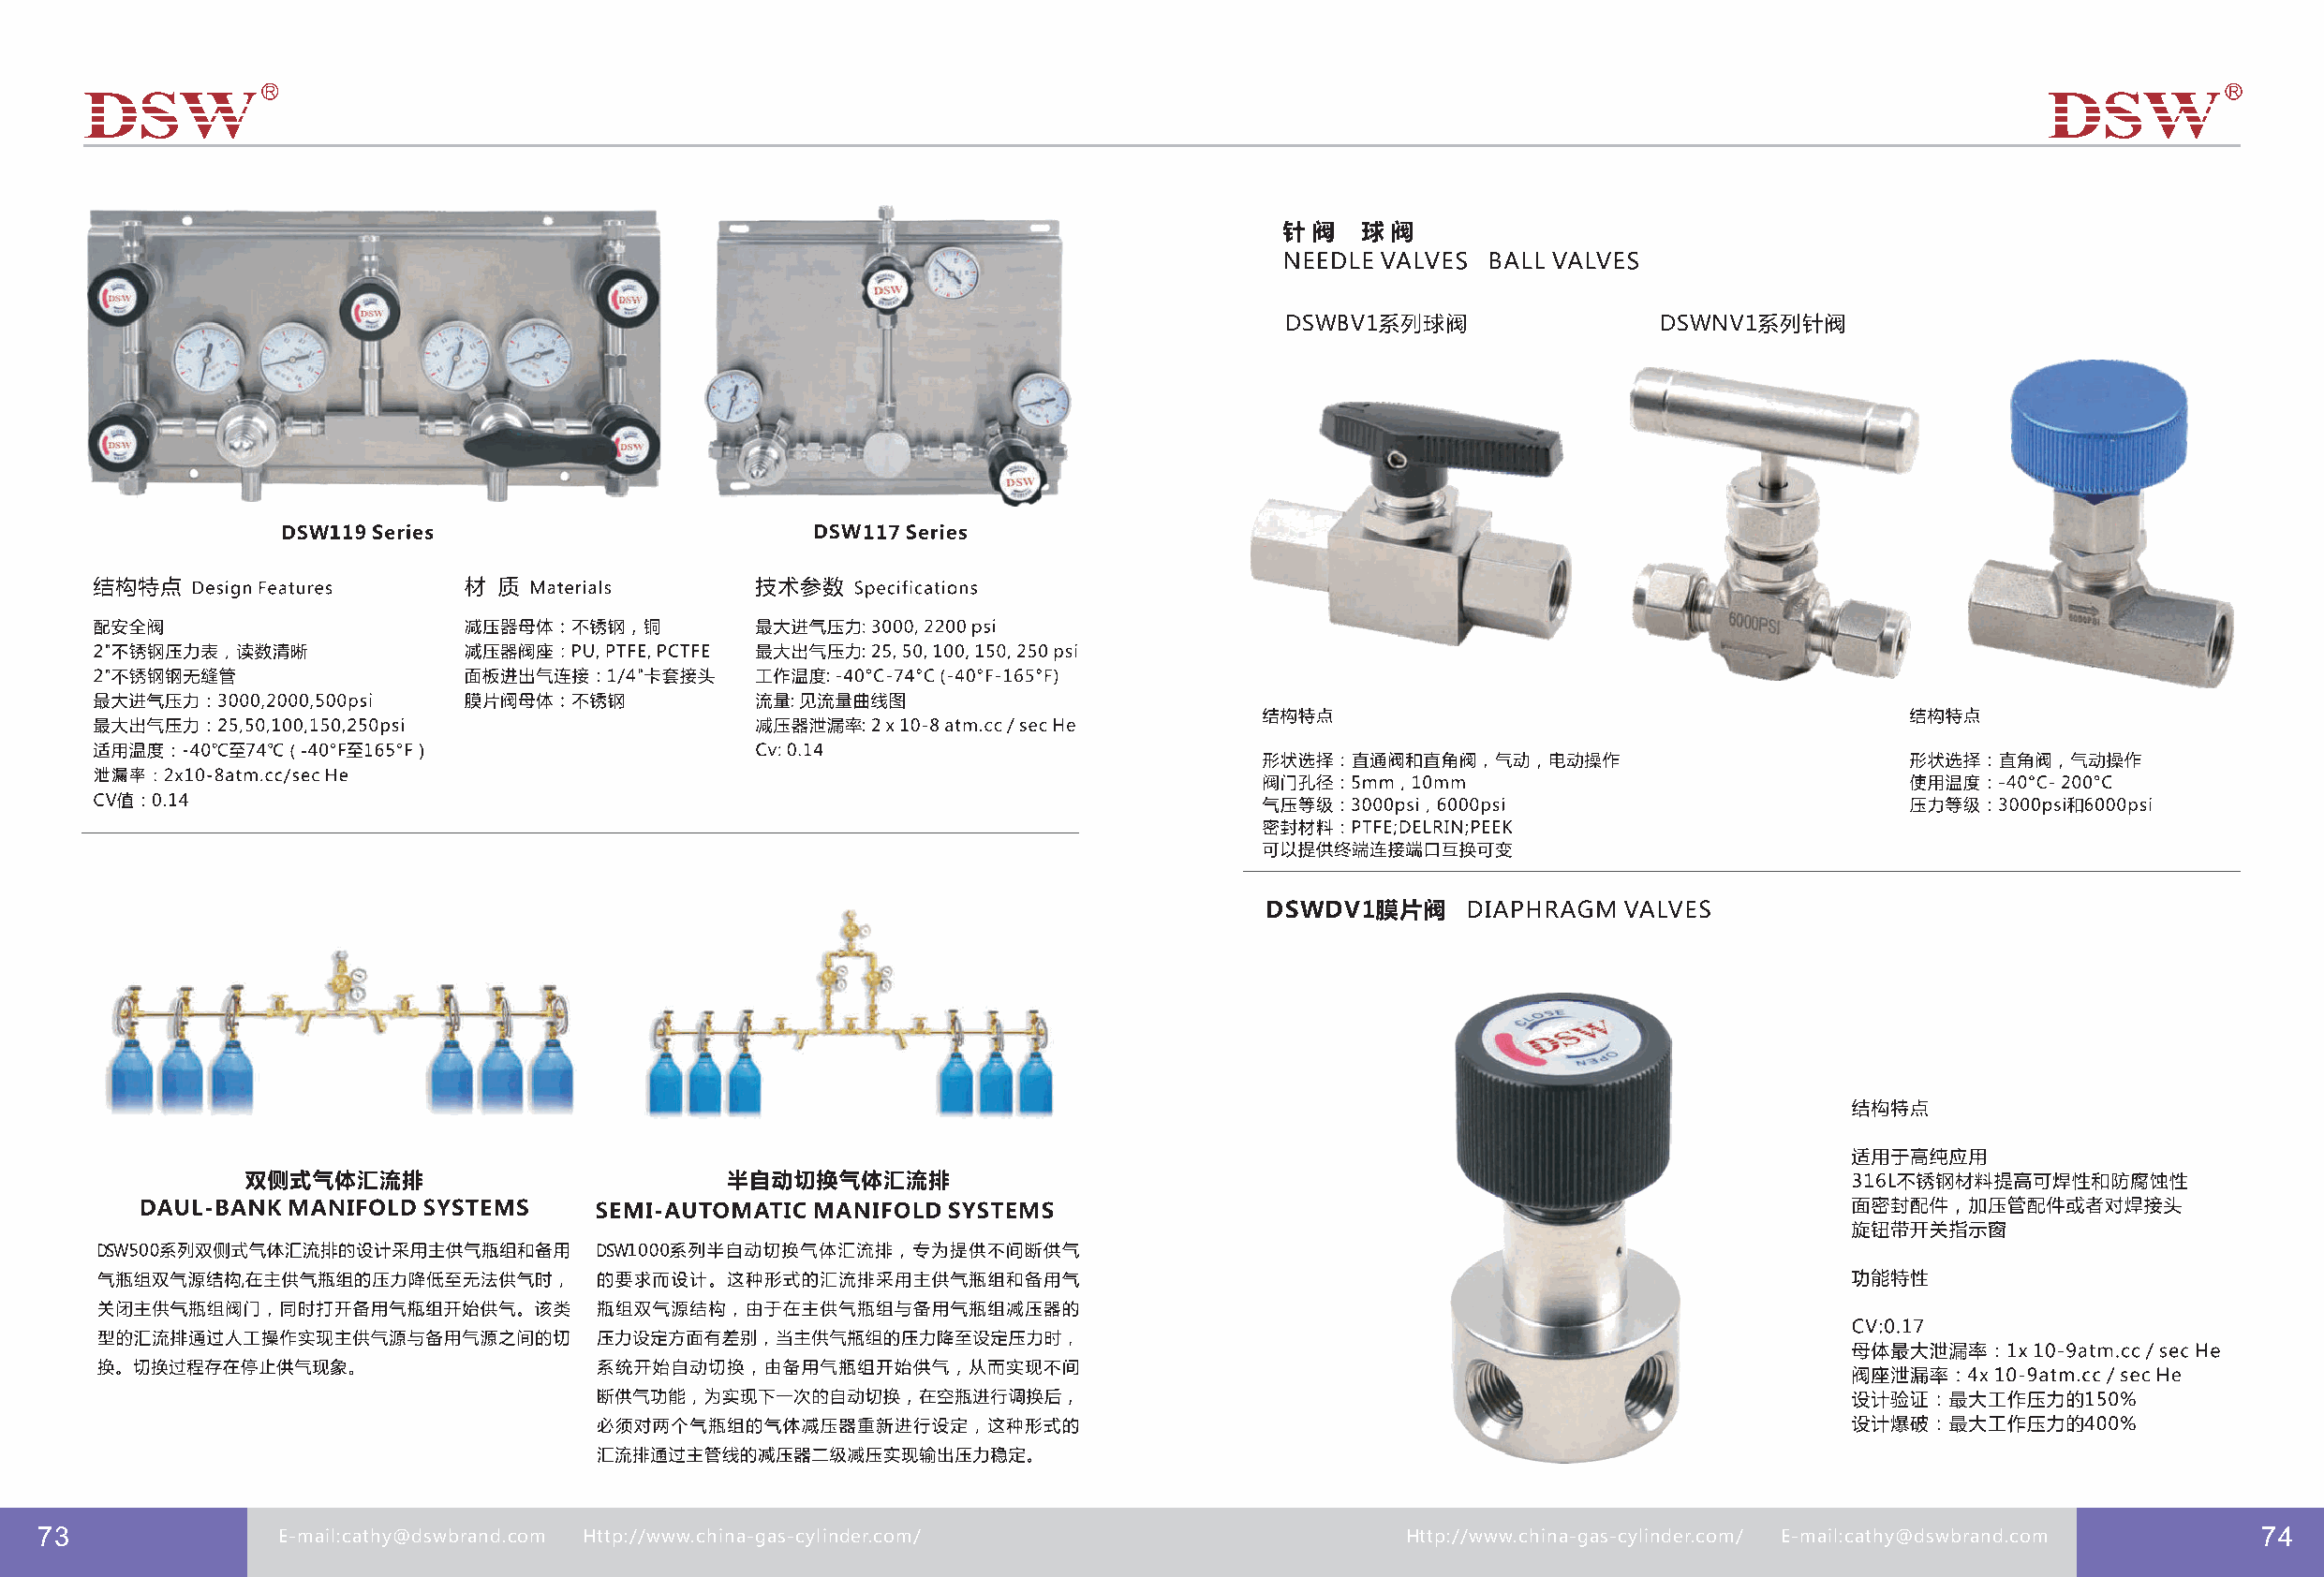
DSW                       DSW
 DSW                                  DSW
 DSW
 DSW                                DSW
 73               E-mail:cathy@dswbrand.com Http://www.china-gas-cylinder.com/                   Http://www.china-gas-cylinder.com/ E-mail:cathy@dswbrand.com 74